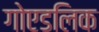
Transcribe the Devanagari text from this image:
गोएडलिक